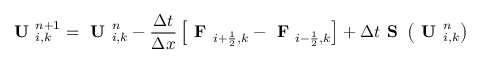
\textbf { U } _ { i , k } ^ { n + 1 } = \textbf { U } _ { i , k } ^ { n } - \frac { \Delta t } { \Delta x } \left[ \textbf { F } _ { i + \frac { 1 } { 2 } , k } - \textbf { F } _ { i - \frac { 1 } { 2 } , k } \right] + \Delta t \textbf { S } \left( \textbf { U } _ { i , k } ^ { n } \right)